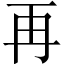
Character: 再